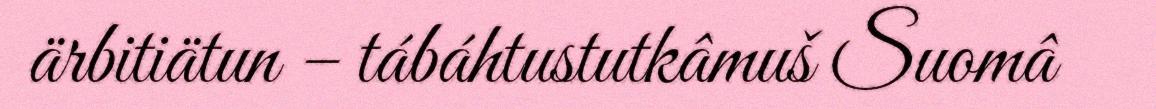
ärbitiätun – tábáhtustutkâmuš Suomâ